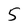
Character: 5